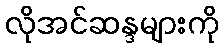
လိုအင်ဆန္ဒများကို